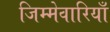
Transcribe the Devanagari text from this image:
जिम्मेवारियाँ